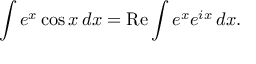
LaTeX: \int e ^ { x } \cos x \, d x = \operatorname { R e } \int e ^ { x } e ^ { i x } \, d x .